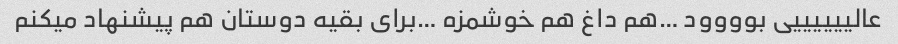
عالییییییی بوووود …هم داغ هم خوشمزه …برای بقیه دوستان هم پیشنهاد میکنم